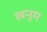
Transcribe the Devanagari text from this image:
खनुम